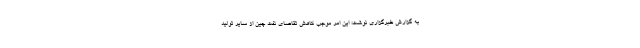
به گزارش خبرگزاری نوشت؛ این امر موجب کاهش تقاضای نفت چین از سایر تولید